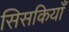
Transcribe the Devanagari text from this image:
सिसकियाँ